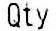
QTY